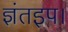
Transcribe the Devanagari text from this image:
ज्ञंतइप।